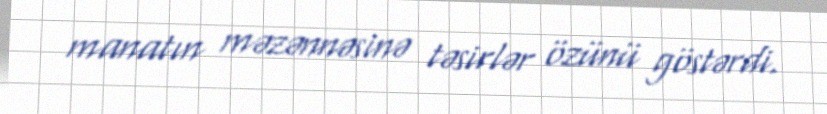
manatın məzənnəsinə təsirlər özünü göstərdi.